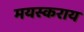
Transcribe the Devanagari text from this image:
मयस्कराय